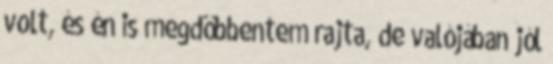
volt, és én is megdöbbentem rajta, de valójában jól